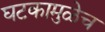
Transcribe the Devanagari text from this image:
घटकामुळेच